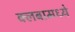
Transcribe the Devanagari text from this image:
क्लबामध्ये